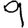
Digit: 9